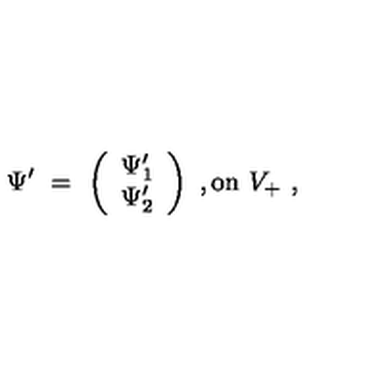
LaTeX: { \Psi } ^ { \prime } \ = \ \left( \begin{array} { c } { { \Psi } _ { 1 } ^ { \prime } } \\ { { \Psi } _ { 2 } ^ { \prime } } \\ \end{array} \right) \ , \mathrm { o n } \ V _ { + } \ , \